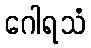
ဂေါရသံ